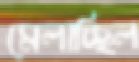
মেলাচ্ছিল